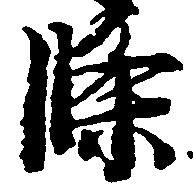
条